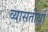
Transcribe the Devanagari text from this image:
व्यासतीर्था